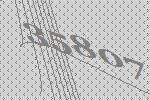
35807